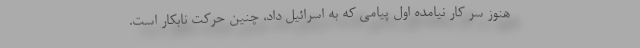
هنوز سر کار نیامده اول پیامی که به اسرائیل داد، چنین حرکت نابکار است.